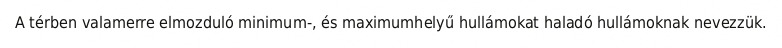
A térben valamerre elmozduló minimum-, és maximumhelyű hullámokat haladó hullámoknak nevezzük.